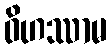
ဝိဟဿာမ